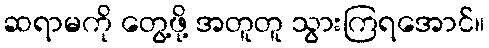
ဆရာမကို တွေ့ဖို့ အတူတူ သွားကြရအောင်။